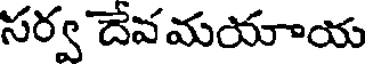
సర్వ దేవమయాయ